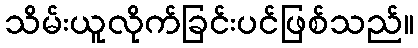
သိမ်းယူလိုက်ခြင်းပင်ဖြစ်သည်။